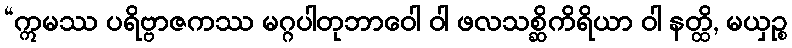
“ဣမဿ ပရိဗ္ဗာဇကဿ မဂ္ဂပါတုဘာဝေါ ဝါ ဖလသစ္ဆိကိရိယာ ဝါ နတ္ထိ, မယှဉ္စ